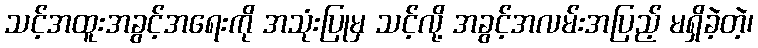
သင့်အထူးအခွင့်အရေးကို အသုံးပြုမှ သင့်လို့ အခွင့်အလမ်းအပြည့် မရှိခဲ့တဲ့၊